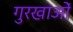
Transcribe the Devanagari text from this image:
गुरखाओं